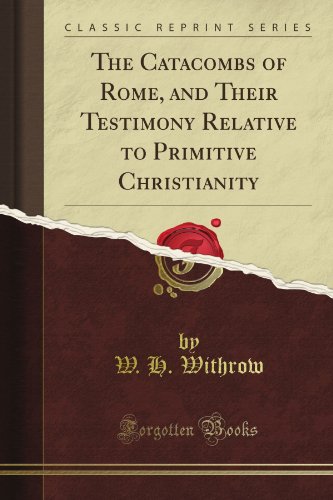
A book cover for The Catacombs of Rome, and Their Testimony Relative to Primitive Christianity (Classic Reprint); W. H. Withrow; History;